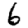
Digit: 6